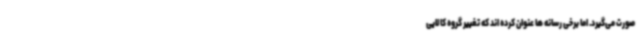
صورت می‌گیرد. اما برخی رسانه ها عنوان کرده اند که تغییر گروه کالایی